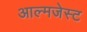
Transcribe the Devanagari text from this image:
आल्मजेस्ट